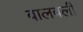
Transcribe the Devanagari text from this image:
वालवली